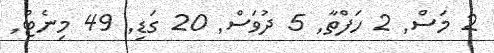
2 މަސް